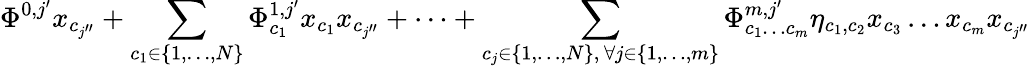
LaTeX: \Phi^{0,j^{\prime}}x_{c_{j^{\prime\prime}}}+\sum_{\substack{c_{1}\in\{ 1,\dots,N\} }}\Phi_{c_{1}}^{1,j^{\prime}}x_{c_{1}}x_{c_{j^{\prime\prime}}}+\dots+\sum_{\substack{c_{j}\in\{ 1,\dots,N\} ,\, \forall j\in\{ 1,\dots,m\} }}\Phi_{c_{1}\dots c_{m}}^{m,j^{\prime}}\eta_{c_{1},c_{2}}x_{c_{3}}\dots x_{c_{m}}x_{c_{j^{\prime\prime}}}